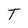
Character: T